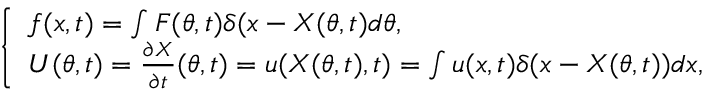
\left\{ \begin{array} { l } { \boldsymbol { f } ( \boldsymbol { x } , t ) = \int \boldsymbol { F } ( \boldsymbol { \theta } , t ) \delta ( \boldsymbol { x } - \boldsymbol { X } ( \boldsymbol { \theta } , t ) d \boldsymbol { \theta } , } \\ { \boldsymbol U ( \boldsymbol \theta , t ) = \frac { \partial \boldsymbol { X } } { \partial t } ( \boldsymbol { \theta } , t ) = \boldsymbol { u } ( \boldsymbol { X } ( \boldsymbol { \theta } , t ) , t ) = \int \boldsymbol { u } ( \boldsymbol { x } , t ) \delta ( \boldsymbol { x } - \boldsymbol { X } ( \boldsymbol { \theta } , t ) ) d \boldsymbol { x } , } \end{array} \right.